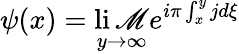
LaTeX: \psi(x)=\operatorname*{li\mathscr{M}}_{y\rightarrow\infty}e^{i\pi\int_{x}^{y}jd\xi}